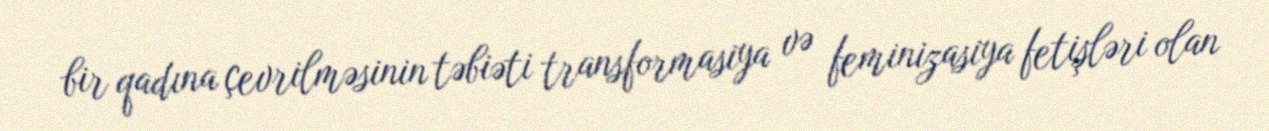
bir qadına çevrilməsinin təbiəti transformasiya və feminizasiya fetişləri olan